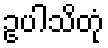
ဥပါသိတုံ